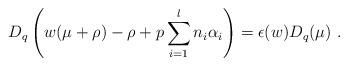
LaTeX: \begin{align*}D_q\left(w(\mu+\rho)-\rho+p\sum_{i=1}^ln_i\alpha_i\right)=\epsilon(w)D_q(\mu)~.\end{align*}